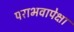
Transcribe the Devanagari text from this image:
पराभवापेक्षा